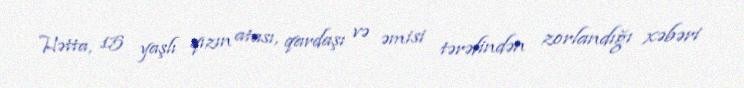
Hətta, 15 yaşlı qızın atası, qardaşı və əmisi tərəfindən zorlandığı xəbəri